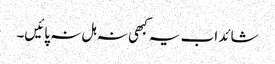
شائد اب یہ کبھی نہ ہل نہ پائیں۔